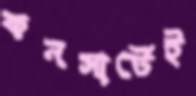
কনসার্টেই